Leaving Certificate Examination, 1913
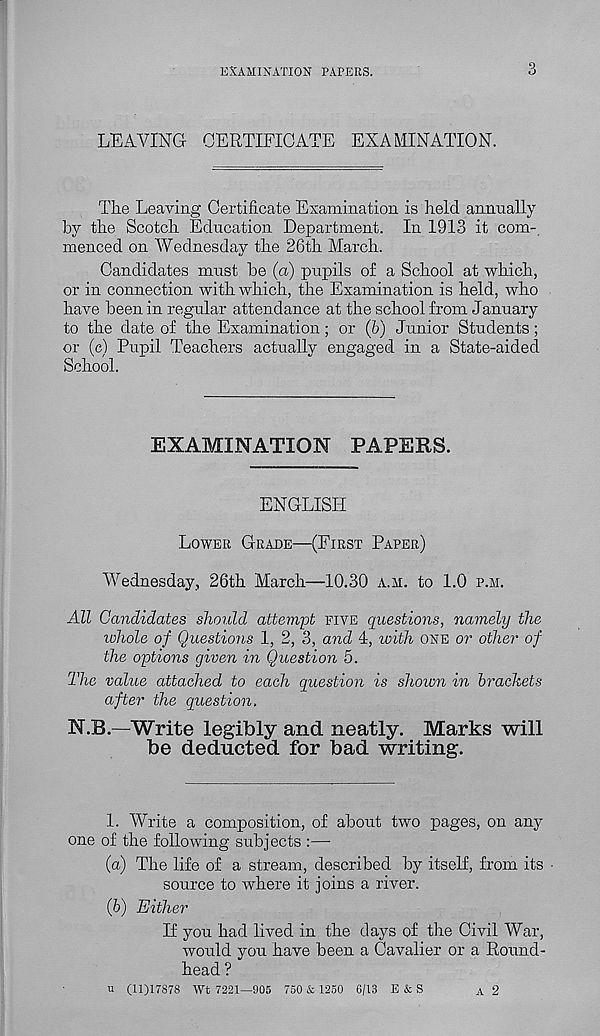
EXAMINATION PAPERS.
LEAVING CERTIFICATE EXAMINATION.
The Leaving Certificate Examination is held annually
by the Scotch Education Department. In 1913 it com-
menced on Wednesday the 26th March.
Candidates must be (a) pupils of a School at which,
or in connection with which, the Examination is held, who
have been in regular attendance at the school from January
to the date of the Examination; or (&) Junior Students;
or (c) Pupil Teachers actuallv engaged in a State-aided
School.
EXAMINATION PAPERS.
ENGLISH
LOWER GRADE—(FIRST PAPER)
Wednesday, 26th March—10.30 A.M. to 1.0 P.H.
All Candidates should attempt FIVE questions, namely the
whole of Questions 1, 2, 3, and 4, with ONE or other of
the options given in Question 5.
The value attached to each question is shown in brackets
after the question,
N.B.—Write legibly and neatly. Marks will
be deducted for bad writing.
1. Write a composition, of about two pages, on any
one of the following subjects :—
(а) The life of a stream, described by itself, from its •
source to where it joins a river.
(б) Either
If you had lived in the days of the Civil War,
would you have been a Cavalier or a Round-
head ?
U (11)17878 Wt 7221—905 750 & 1250 6/13 E & S
A 2